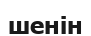
шенін